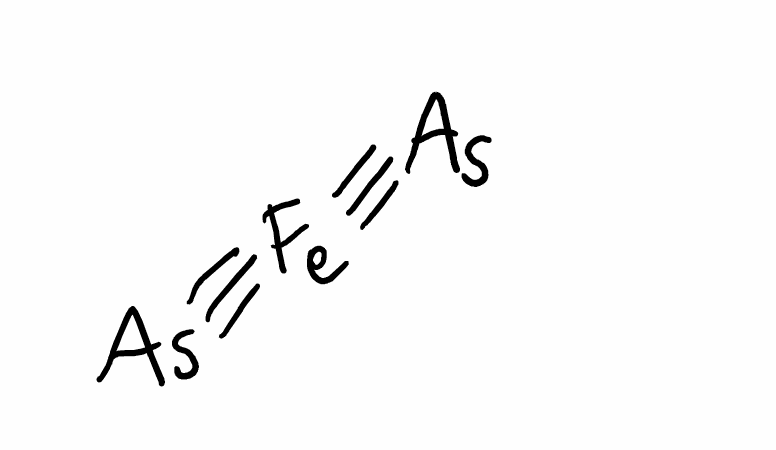
Simplified molecular-input line-entry system (SMILES) notation of the given molecule:
[Fe](#[As])#[As]